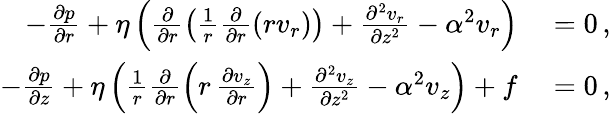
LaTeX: \begin{array}{rl}{-\frac{\partial p}{\partial r}+\eta\left(\frac{\partial}{\partial r}\left(\frac{1}{r}\frac{\partial}{\partial r}\left(rv_{r}\right)\right)+\frac{\partial^{2}v_{r}}{\partial z^{2}}-\alpha^{2}v_{r}\right)}&{{}=0\, ,}\\ {-\frac{\partial p}{\partial z}+\eta\left(\frac{1}{r}\frac{\partial}{\partial r}\left(r\, \frac{\partial v_{z}}{\partial r}\right)+\frac{\partial^{2}v_{z}}{\partial z^{2}}-\alpha^{2}v_{z}\right)+f}&{{}=0\, ,}\end{array}